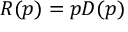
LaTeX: R ( p ) = p D ( p )